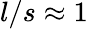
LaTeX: l/s\approx 1